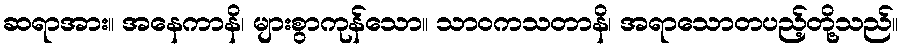
ဆရာအား။ အနေကာနိ၊ များစွာကုန်သော။ သာဝကသတာနိ၊ အရာသောတပည့်တို့သည်။